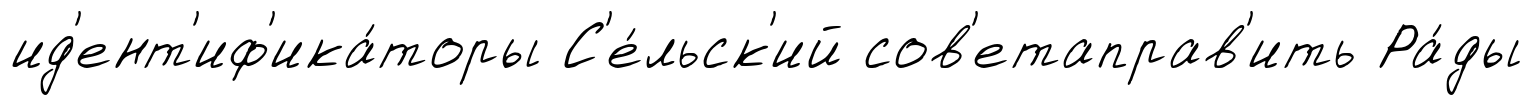
ид'ент'иф'ика́торы С'е́льск'ий сов'етаправ'ить Ра́ды